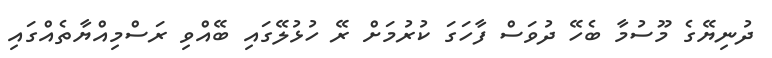
ދުނިޔޭގެ މޫސުމާ ބެހޭ ދުވަސް ފާހަގަ ކުރުމަށް ރޭ ހުޅުލޭގައި ބޭއްވި ރަސްމިއްޔާތެއްގައި